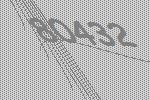
80432